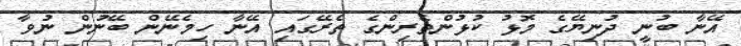
އޭނާ ބުނީ ދުނިޔޭގެ މޮޅު ކުޅުންތެރިންގެ ތެރޭގައި އޭނާ ހިމެނޭން ބޭނުން ނުވާ